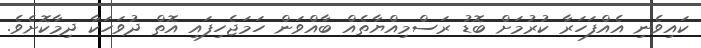
ކައިވެނި އެއްފަހަރާ ކުރުމަށް ބޮޑު ރަސްމިއްޔާތެއް ބާއްވަން ހަމަޖެހިފައި އޮތް ދުވަހަކާ ދިމާކޮށެވެ.